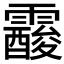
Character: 𩆑